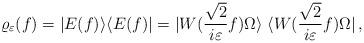
LaTeX: \begin{align*}\varrho_{\varepsilon}(f)=|E(f)\rangle \langle E(f)|=| W(\frac{\sqrt{2}}{i\varepsilon}f)\Omega\rangle \; \langle W(\frac{\sqrt{2}}{i\varepsilon}f)\Omega |\,,\end{align*}